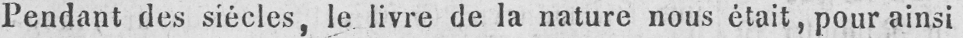
Pendant des siécles, le livre de la nature nous était, pour ainsi